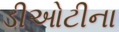
ડીઓટીના